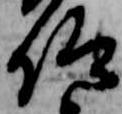
仰